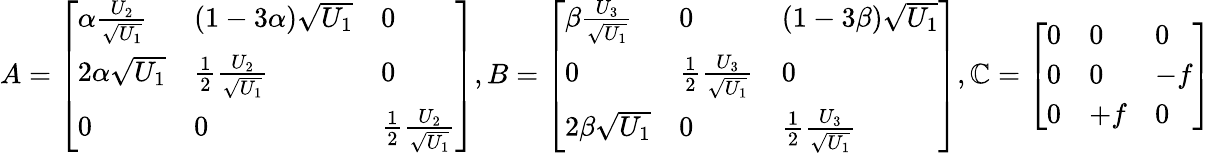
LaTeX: A=\left[\begin{array}{lll}{\alpha\frac{U_{2}}{\sqrt{U_{1}}}}&{(1-3\alpha)\sqrt{U_{1}}}&{0}\\ {2\alpha\sqrt{U_{1}}}&{\frac{1}{2}\frac{U_{2}}{\sqrt{U_{1}}}}&{0}\\ {0}&{0}&{\frac{1}{2}\frac{U_{2}}{\sqrt{U_{1}}}}\end{array}\right],B=\left[\begin{array}{lll}{\beta\frac{U_{3}}{\sqrt{U_{1}}}}&{0}&{(1-3\beta)\sqrt{U_{1}}}\\ {0}&{\frac{1}{2}\frac{U_{3}}{\sqrt{U_{1}}}}&{0}\\ {2\beta\sqrt{U_{1}}}&{0}&{\frac{1}{2}\frac{U_{3}}{\sqrt{U_{1}}}}\end{array}\right],\mathbb{C}=\left[\begin{array}{lll}{0}&{0}&{0}\\ {0}&{0}&{-f}\\ {0}&{+f}&{0}\end{array}\right]